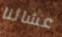
عشائنا